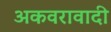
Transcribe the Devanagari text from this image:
अकवरावादी